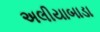
અલીયાબાડા